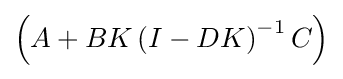
\left(A+BK\left(I-DK\right)^{-1}C\right)